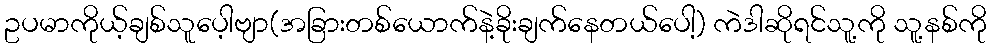
ဥပမာကိုယ့်ချစ်သူပေ့ါဗျာ(အခြားတစ်ယောက်နဲ့ခိုးချက်နေတယ်ပေါ့) ကဲဒါဆိုရင်သူ့ကို သူ့နစ်ကို